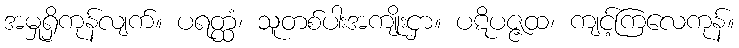
အမှုရှိကုန်လျက်။ ပရတ္ထံ၊ သူတစ်ပါးအကျိုးငှာ။ ပဋိပဇ္ဇထ၊ ကျင့်ကြလေကုန်။